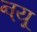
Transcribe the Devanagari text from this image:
ऩ्यू